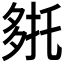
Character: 𭐹